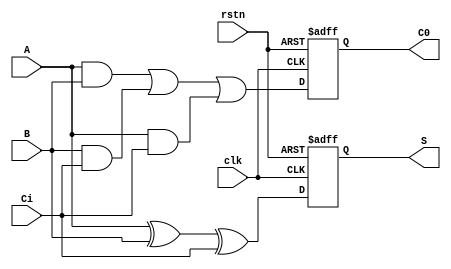
/*
module p1(
	input	rstn,//reset low active
	input clk, // clock
	output [3:0] cnt,//counter
	output cout);//carry bit
	
	reg [3:0] cnt_temp;//counter register
	always@ (posedge clk or negedge rstn)begin //
			if(! rstn)begin// rstn==0 //before 51
				cnt_temp <= 4'b0;
			end
			else if (cnt_temp==4'd9) begin  // 9=1001
				cnt_temp <=4'b000;
			end
			else begin
				cnt_temp <=cnt_temp +1'b1; // 
			end
	end
	
	assign cout=(cnt_temp==4'd10);
	assign cnt=cnt_temp;
	
endmodule
*/
module p1(input rstn,
	input clk,
	input A,
	input B,
	input Ci,
	output C0,
	output S);
	reg C0_tem;
	reg S_tem;
	always@(posedge clk or negedge rstn)begin
		if(!rstn) begin //rstn=0
		C0_tem<=0;
		S_tem<=0;
		end
		else begin
			S_tem=A^B^Ci;
			C0_tem=A&B|B&Ci|A&Ci;
		end	
	end
	assign C0=C0_tem;
	assign S=S_tem;
endmodule